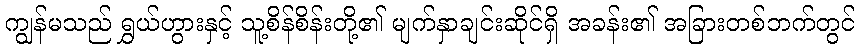
ကျွန်မသည် ရွှယ်ဟွားနှင့် သူ့စိန်စိန်းတို့၏ မျက်နှာချင်းဆိုင်ရှိ အခန်း၏ အခြားတစ်ဘက်တွင်